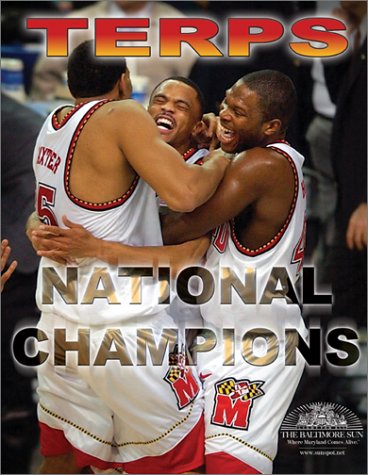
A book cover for Terps: National Champions; Sports & Outdoors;